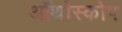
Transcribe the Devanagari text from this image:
ऑर्थोस्कोप